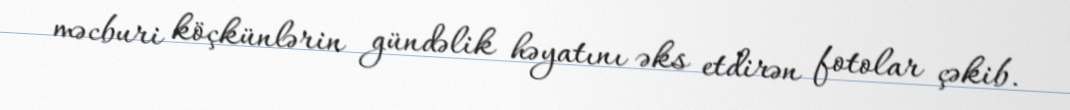
məcburi köçkünlərin gündəlik həyatını əks etdirən fotolar çəkib.